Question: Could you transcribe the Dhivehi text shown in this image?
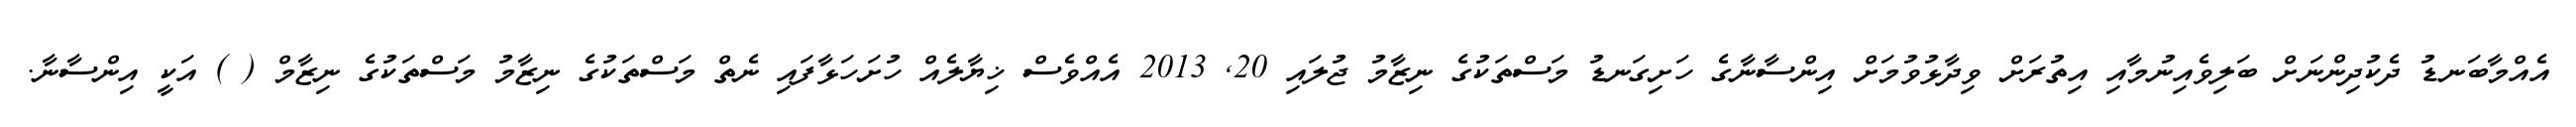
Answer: އެއްމާބަނޑު ދެކުދިންނަށް ބަލިވެއިނުމާއި އިތުރަށް ވިދާޅުވުމަށް އިންސާނާގެ ހަށިގަނޑު މަސްތަކުގެ ނިޒާމު ޖުލައި 20, 2013 އެއްވެސް ޚިޔާލެއް ހުށަހަޅާފައި ނެތް މަސްތަކުގެ ނިޒާމު މަސްތަކުގެ ނިޒާމް ( ) އަކީ އިންސާނާ.